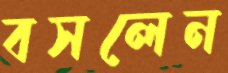
বসলেন